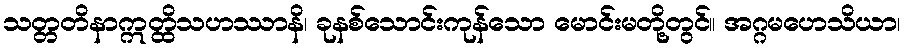
သတ္တတိနာဣတ္ထိသဟဿာနိ၊ ခုနစ်သောင်းကုန်သော မောင်းမတို့တွင်။ အဂ္ဂမဟေသိယာ၊